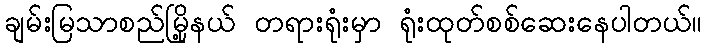
ချမ်းမြသာစည်မြို့နယ် တရားရုံးမှာ ရုံးထုတ်စစ်ဆေးနေပါတယ်။